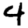
Digit: 4